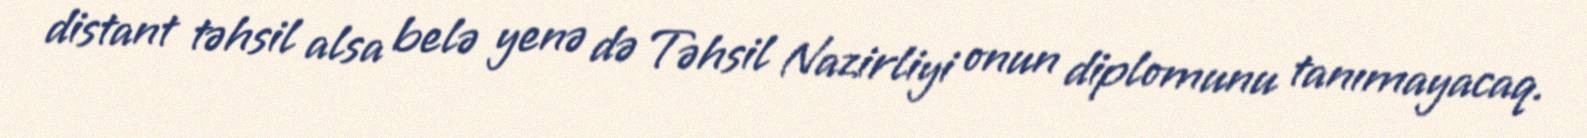
distant təhsil alsa belə yenə də Təhsil Nazirliyi onun diplomunu tanımayacaq.